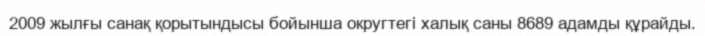
2009 жылғы санақ қорытындысы бойынша округтегі халық саны 8689 адамды құрайды.